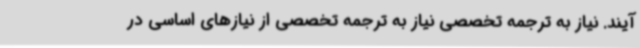
‌آیند. نیاز به ترجمه تخصصی نیاز به ترجمه تخصصی از نیازهای اساسی در